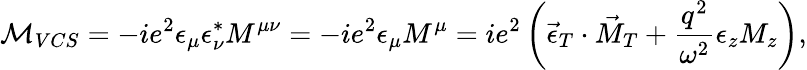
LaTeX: {\cal M}_{VCS}=-ie^{2}\epsilon_{\mu}\epsilon_{\nu}^{\ast}M^{\mu\nu}=-ie^{2}\epsilon_{\mu}M^{\mu}=ie^{2}\left(\vec{\epsilon}_{T}\cdot\vec{M}_{T}+\frac{q^{2}}{\omega^{2}}\epsilon_{z}M_{z}\right),